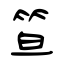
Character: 笪